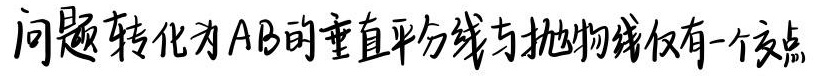
问题转化为AB的垂直平分线与抛物线仅有一个交点